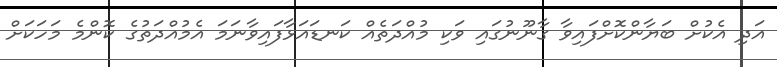
އަދި އެކުށް ބަޔާންކޮށްފައިވާ ގާނޫނުގައި ވަކި މުއްދަތެއް ކަނޑައަޅާފައިވާނަމަ އެމުއްދަތުގެ ކޮންމެ މަހަކަށް